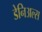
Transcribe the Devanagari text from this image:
डेनिअल्स